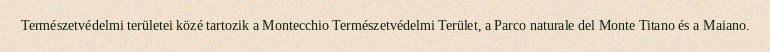
Természetvédelmi területei közé tartozik a Montecchio Természetvédelmi Terület, a Parco naturale del Monte Titano és a Maiano.